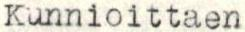
Kunnioittaen